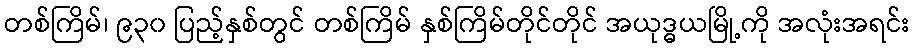
တစ်ကြိမ်၊ ၉၃၀ ပြည့်နှစ်တွင် တစ်ကြိမ် နှစ်ကြိမ်တိုင်တိုင် အယုဒ္ဓယမြို့ကို အလုံးအရင်း